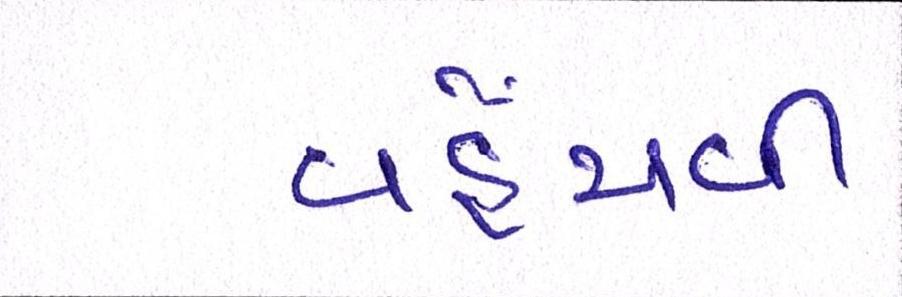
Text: વહેંચવી